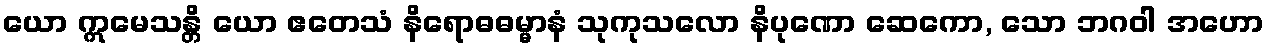
ယော ဣမေသန္တိ ယော ဧတေသံ နိရောဓဓမ္မာနံ သုကုသလော နိပုဏော ဆေကော, သော ဘဂဝါ အဟော